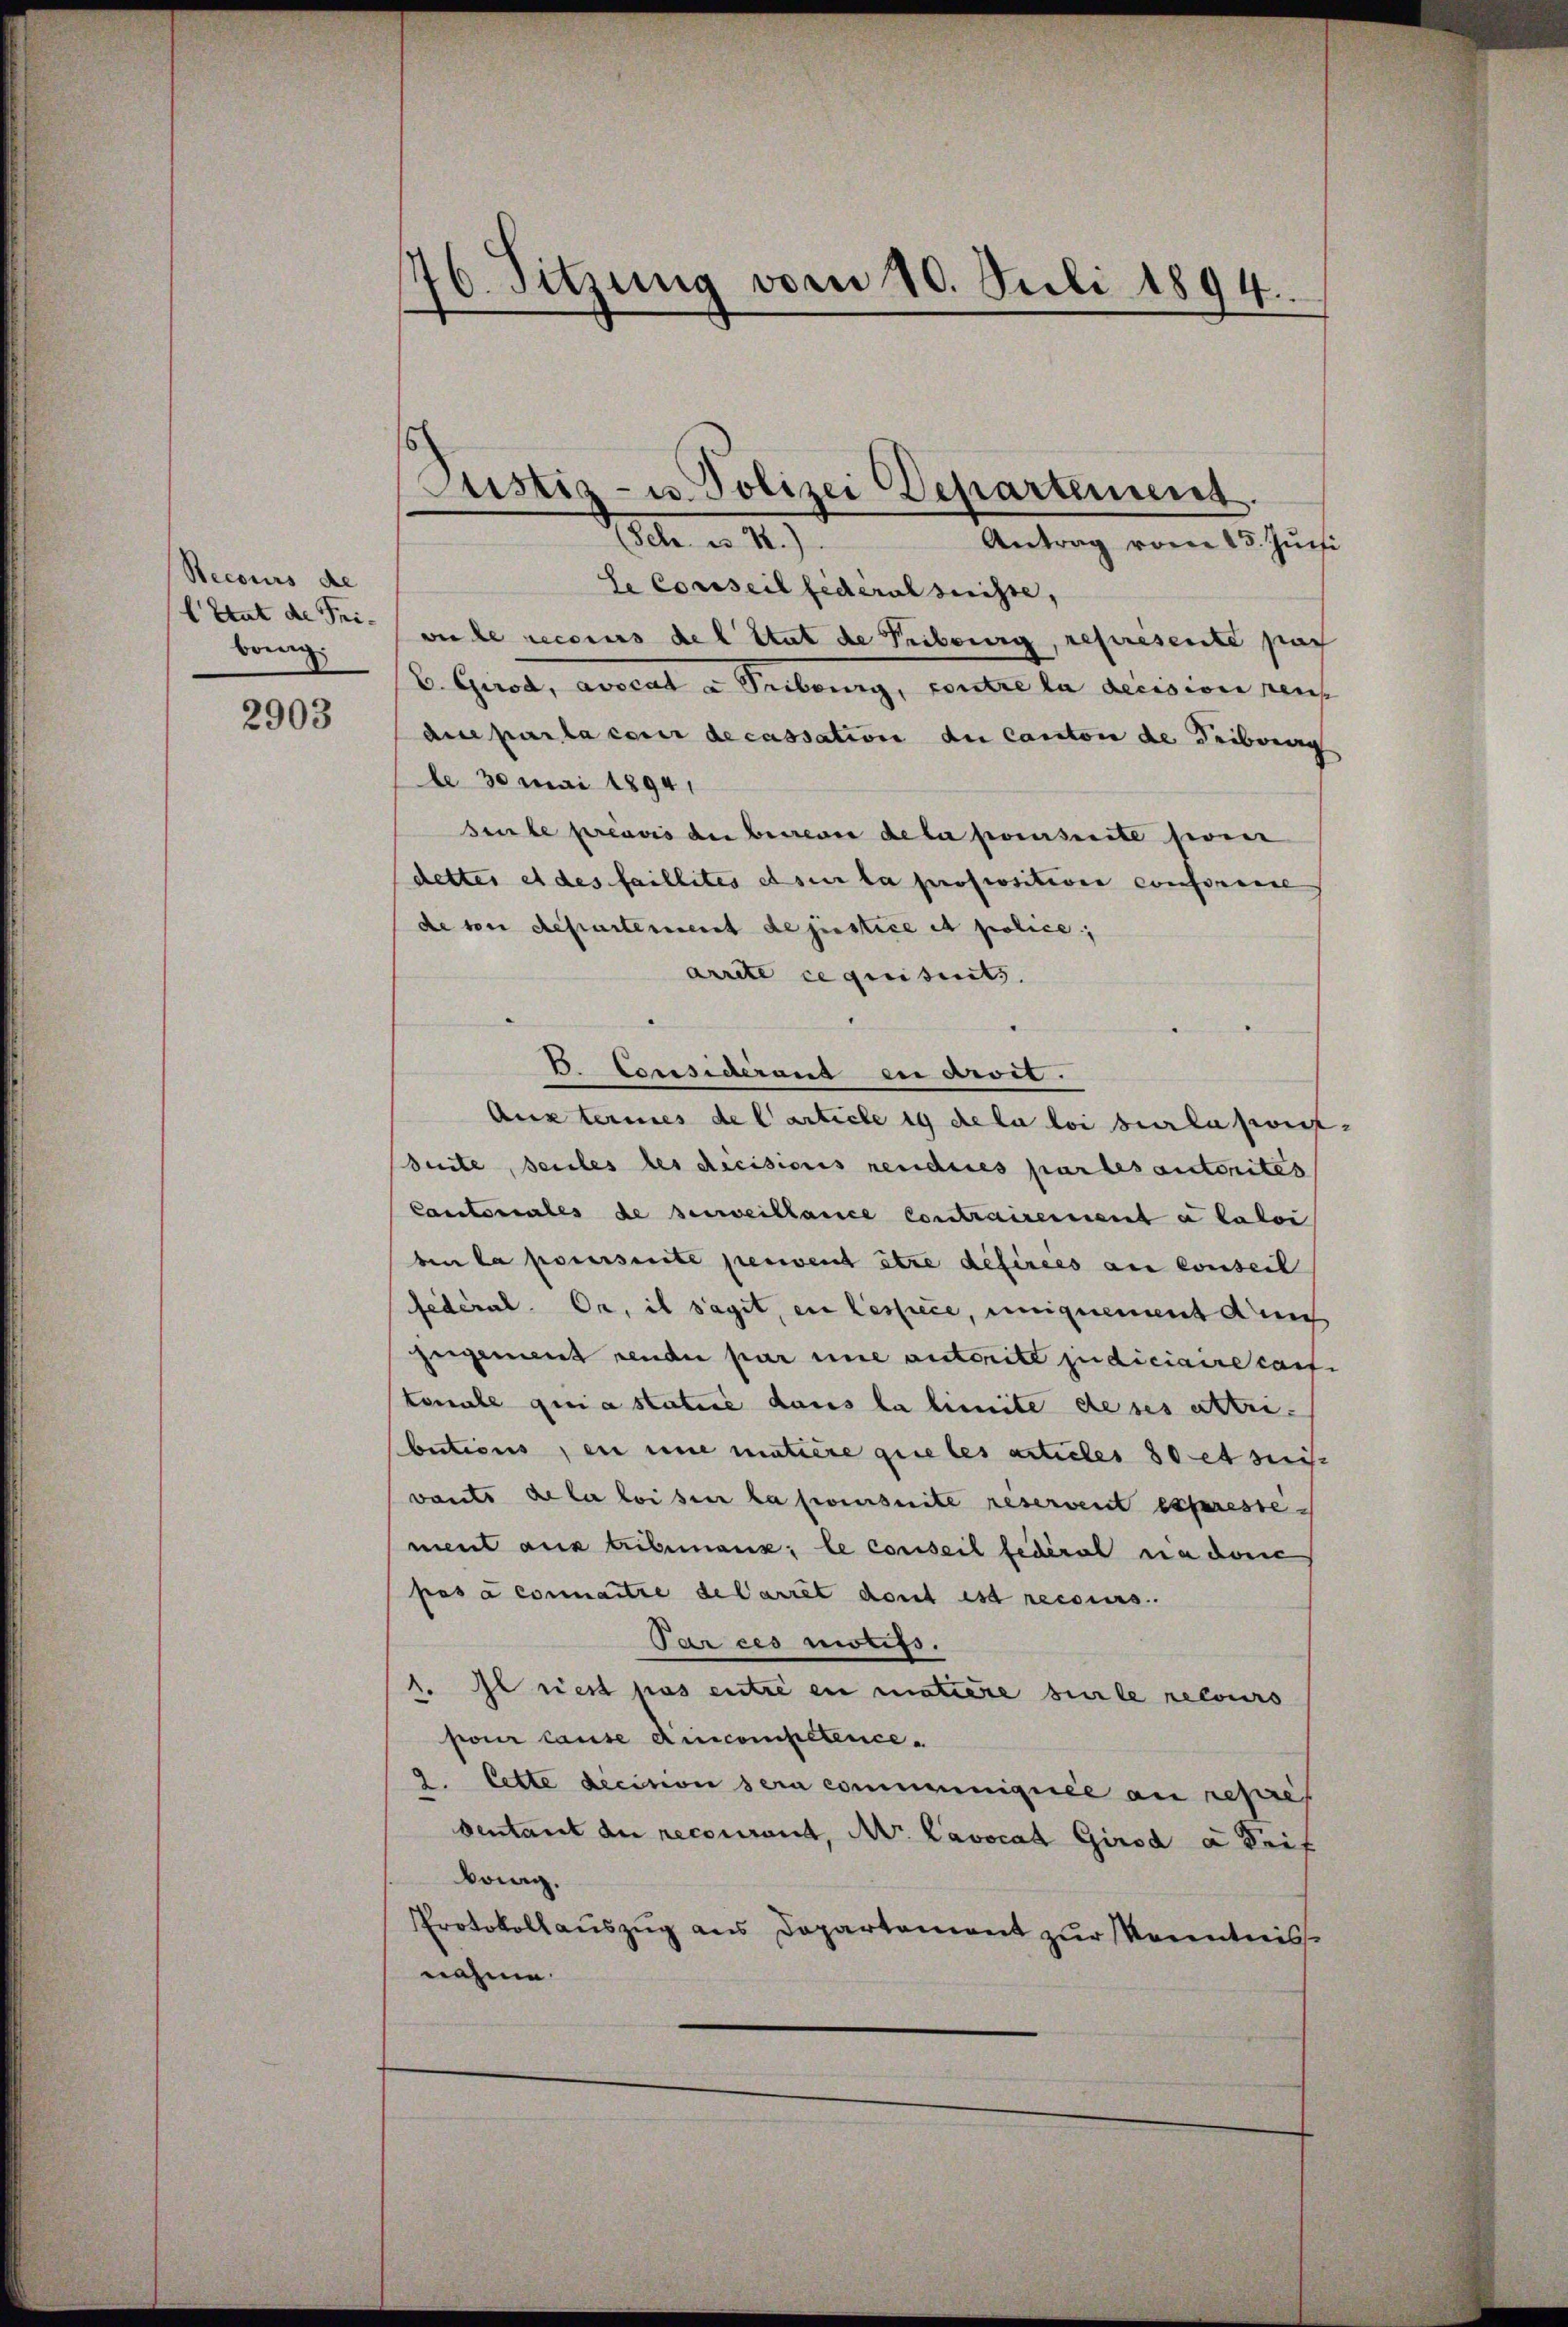
Necours de
l Etat de Tribring

2903

76. Sitzung vom 20. Juli 1894.

Se Conseil federalsuchte,
wile recours del Stat de Tribourg, represente par
b. Grod, avocat a Tribourg, contre la decision neus
due parla cour decassation du Canton de Leiberag
le 30 Mai 1894.
seule préavis der betreue de la prescrite sein
dettes et des faillites et sur la propositiven conformie
de von departement de justice et police,
arrite ce quitirets.
¬
B. Considérant en droit.
Austeries de l’article 19 de la loi sur lakon-
Seite, seules les decisions rendues par les autorites
Cantonales de verweiblance Contrairement a laboi
ben la poserseite perient être defirees au conseil
fédéral. Or, il s’agit, in Lessiece, einignement dens
gegenant rende par une autorité judiciaire caste
tonale quia statie dans la limite de ses attribections en eine matière quietes articles 80 et suis
vants de la loisin la poursuite reservent expresse
ment aus tribemanz: le conseil fédéral na don
pas à connaitre de Carret dont ist recours.
Par ces motifs.
1
1. Il riest pas entre en matiere beile recours
pour cause Aincompetence
2. Cette decision sera communiquée au repres
ventant du recourant, Nr. Lavocat Girod a Reif
bong.
Protokollauszug aus Departement zur Kenntnis
nahme.

Justiz- u. Polizei Departement.
lbe an. 1)
Antrag vom 25. Juni